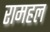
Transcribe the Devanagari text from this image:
रामहल